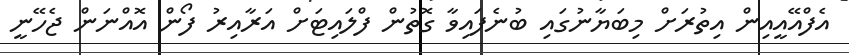
އެފްއޭއީއިން އިތުރަށް މިބަޔާނުގައި ބުނެފައިވާ ގޮތުން ފްލައިޓަށް އަރާއިރު ފޯން އޮއްނަން ޖެހޭނީ